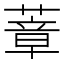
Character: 蔁